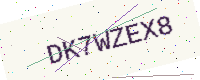
Text: DK7WZEX8